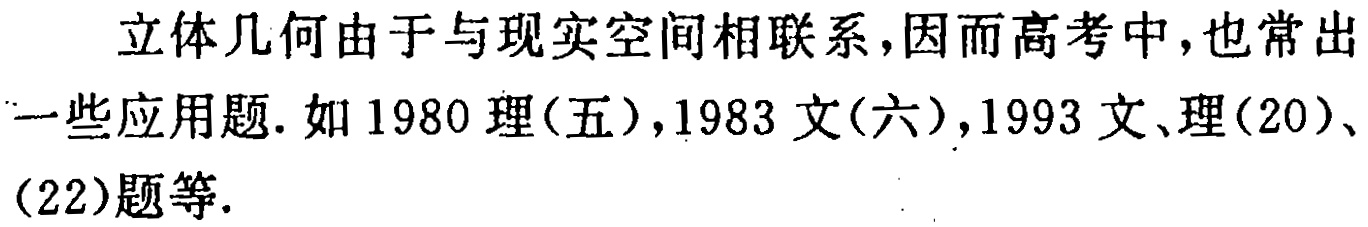
立体几何由于与现实空间相联系，因而高考中，也常出一些应用题. 如1980理(五)，1983文(六)，1993文、理(20)、(22)题等.